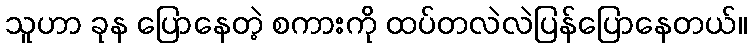
သူဟာ ခုန ပြောနေတဲ့ စကားကို ထပ်တလဲလဲပြန်ပြောနေတယ်။